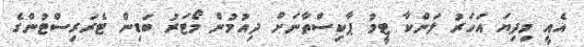
އެއީ މިދިޔަ އަހަރު ލަންކާ ޓީމު ޕާކިސްތާނަށް ދިއުމުން މޯޓަރު ބަޑިން ޓެރަރިސްޓުންގެ